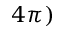
4 \pi )